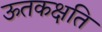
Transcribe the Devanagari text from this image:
ऊतकक्षति